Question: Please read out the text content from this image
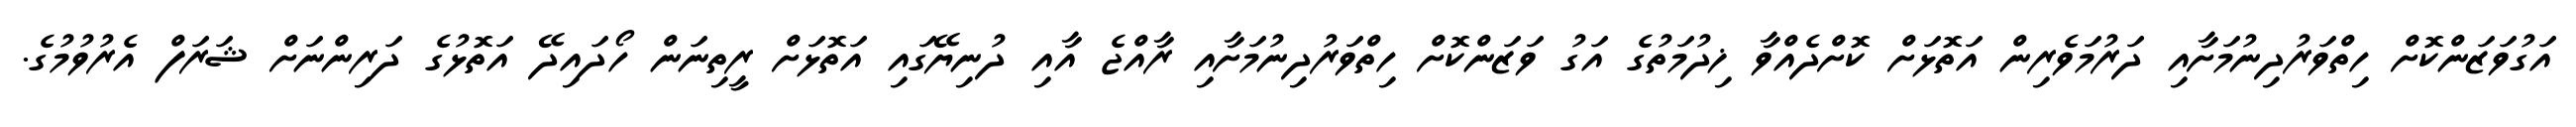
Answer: އަގުވަޒަންކޮށް ހިތްވަރުދިނުމަށާއި ދަރުމަވެރިން އަތޮޅަށް ކޮށްދެއްވާ ޚިދުމަތުގެ އަގު ވަޒަންކޮށް ހިތްވަރުދިނުމަށާއި ރާއްޖެ އާއި ދުނިޔޭގައި އަތޮޅަށް ރީތިނަން ހޯދައިދޭ އަތޮޅުގެ ދަރިންނަށް ޝަރަފް އެރުވުމުގެ.